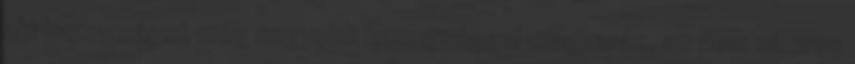
aki hazugságot még nagyobb hazugsággal magyaráz, az nem sikeres